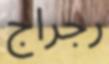
رجراج